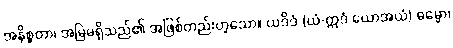
အနိစ္စတာ၊ အမြဲမရှိသည်၏ အဖြစ်တည်းဟူသော။ ယဒိဒံ (ယံ-ဣဒံ ယောအယံ) ဓမ္မော၊